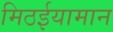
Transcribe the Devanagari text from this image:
मिठईयामान